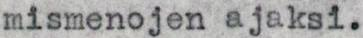
mismenojen ajaksi.